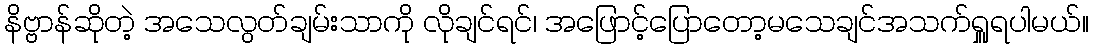
နိဗ္ဗာန်ဆိုတဲ့ အသေလွတ်ချမ်းသာကို လိုချင်ရင်၊ အဖြောင့်ပြောတော့မသေချင်အသက်ရှူရပါမယ်။